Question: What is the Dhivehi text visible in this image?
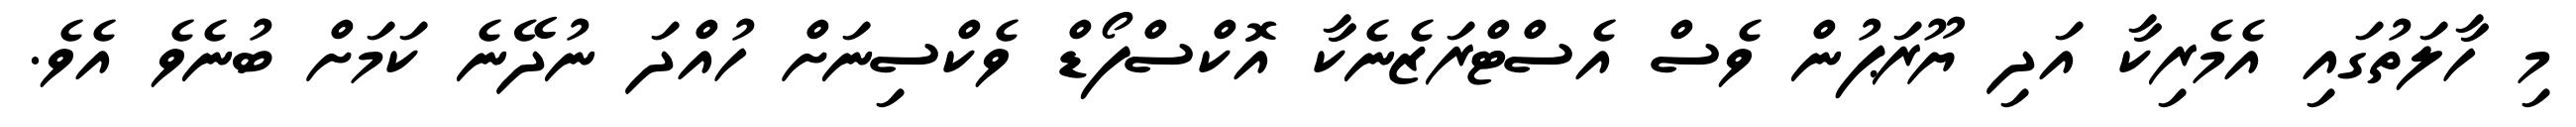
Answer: މި ހާލަތުގައި އެމެރިކާ އަދި ޔޫރަޕުން ވެސް އެސްޓްރަޒެނެކާ އޮކްސްފޯޑް ވެކްސިނަށް ހުއްދަ ނުދޭނެ ކަމަށް ބުނެވެ އެވެ.